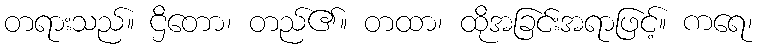
တရားသည်။ ဌိတော၊ တည်၏။ တထာ၊ ထိုအခြင်းအရာဖြင့်။ ကရေ၊